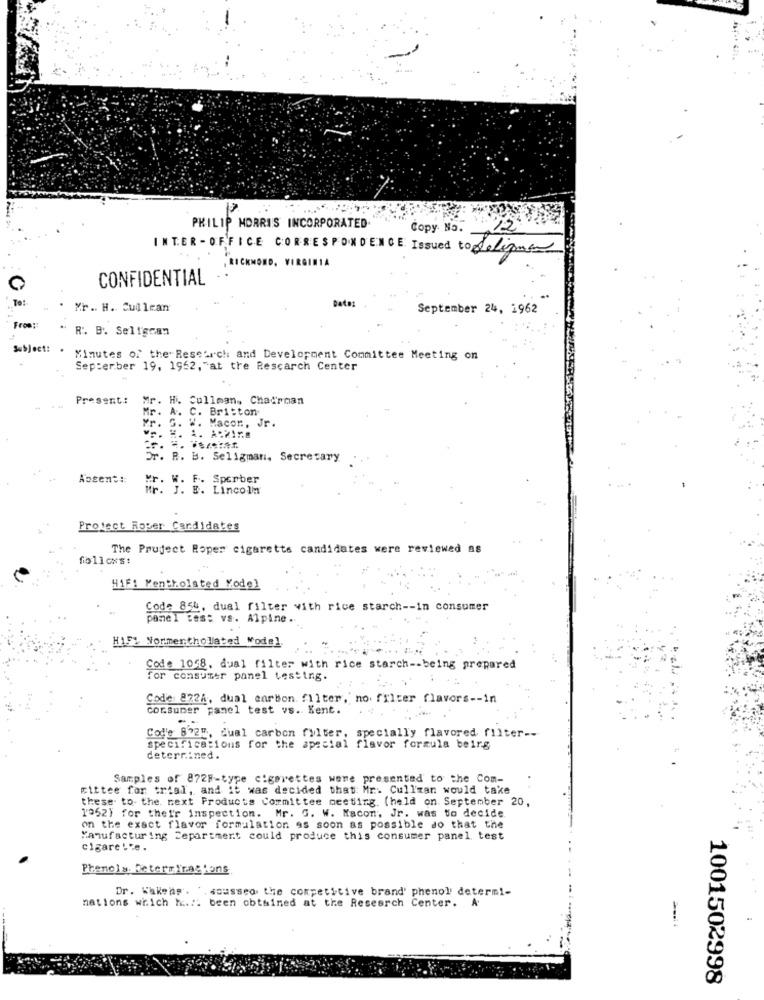
13
PHILIP MORRIS INCORPORATED.
Copy. No.
INTER-OFFICE CORRESPONDENCE Issued to Seligman
RICHMOND, VIRGINIA
CONFIDENTIAL
To:
Data:
Mr .. H. Cullran
September 24, 1962
From ::
R. B. Seligcan
Subject:
Minutes of the Research and Development Committee Meeting on
Sep:erber 19, 1952, at the Research Center
Present:
Mr. H. Cullman, Chairman
. A. C. Britton
Mr. G. W. Macor, Jr.
Dr. R. B. Seligman, Secretary
Absent ::
Mr. W. F. Sperber
MF. J. B. LincolM
Protect Roger Candidates
The Project Roper cigarette candidates were reviewed as
follcxs:
H1F1 Mentholsted Yodel
Code 854, dual filter with rice starch -- in consumer
panel tes: vs. Alpine ..
H151 Normentholated Model.
Code 1048. dual filter with rice starch -- being prepared
for consumer panel testing.
Code 8724, dual carbon. filter, no filter flavors -- in
consumer panel test vs. Kent.
.....
. .
Cod'e 872", dual carbon filter, specially flavored filter --
specifications for the special flavor formula beirg
determined.
Samples of 872F-type cigarettes were presented to the Com-
mittee for trial, and it was decided that: Mr. Cullman would take
these to- the next Products Committee meeting. (held on. September 20,
1962) for their inspection. Mr. G. W. Nacon, Jr. was to decide.
on the exact flavor formulation as soon as possible do that the
Manufacturing Department could produce this consumer panel test
cigare .ve .
Phenols. DetersTrasjons
Dr. Wakens. '. soussed the competitive brand' phenol determi-
nations which h .:: been obtained at the Research Center. A
1001502998